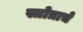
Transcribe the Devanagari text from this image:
स्त्रोत्राचे